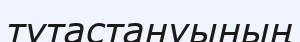
тұтастануының